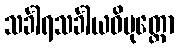
သင်္ခါရသင်္ခါယဝိမုတ္တော